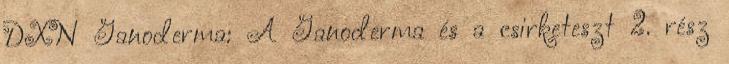
DXN Ganoderma: A Ganoderma és a csirketeszt 2. rész